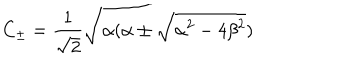
C _ { \pm } = \frac { 1 } { \sqrt { 2 } } \sqrt { \alpha ( \alpha \pm \sqrt { \alpha ^ { 2 } - 4 \beta ^ { 2 } } ) }